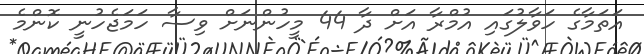
އަތަމާގެ ހަވާލުގައި އުމްރާ އަށް ދާ 44 މީހުންނަށް ވިސާ ހަމަޖެހުނީ ކޮންމެ